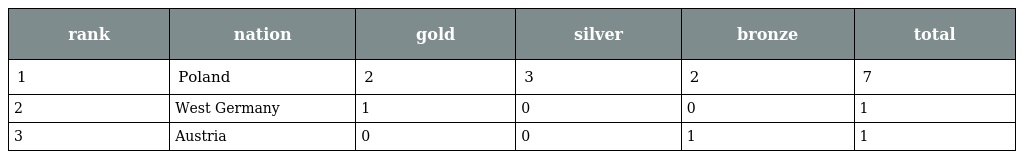
| rank | nation | gold | silver | bronze | total |
 | --- | --- | --- | --- | --- | --- |
 | 1 | Poland | 2 | 3 | 2 | 7 |
 | 2 | West Germany | 1 | 0 | 0 | 1 |
 | 3 | Austria | 0 | 0 | 1 | 1 |